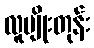
လူမျိုးတုန်း